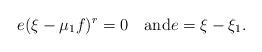
LaTeX: \begin{align*}e(\xi-\mu_1f)^r=0\quad\mbox{and}e=\xi-\xi_1.\end{align*}